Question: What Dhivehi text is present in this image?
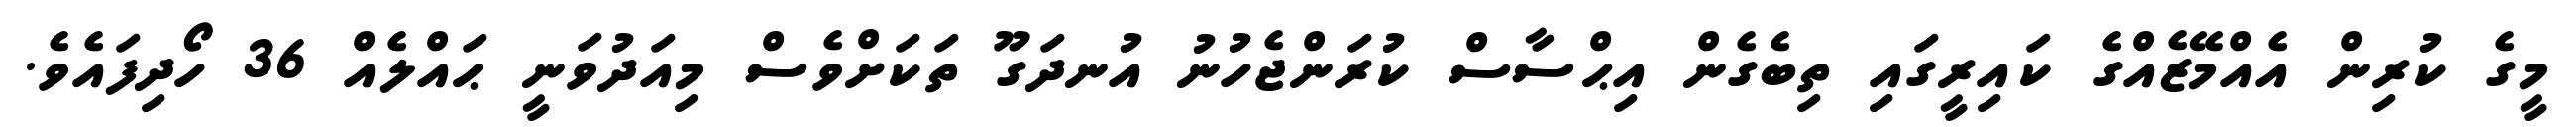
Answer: މީގެ ކުރިން އެއްމޭޒެއްގެ ކައިރީގައި ތިބެގެން އިޙްސާސް ކުރަންޖެހުނު އުނދަގޫ ތަކަށްވެސް މިއަދުވަނީ ޙައްލެއް 36 ހޯދިފައެވެ.